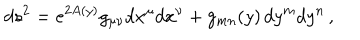
d s ^ { 2 } = e ^ { 2 A ( y ) } g _ { \mu \nu } d x ^ { \mu } d x ^ { \nu } + g _ { m n } ( y ) \, d y ^ { m } d y ^ { n } \, ,